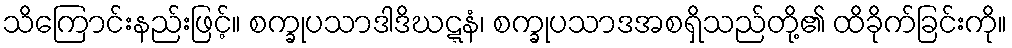
သိကြောင်းနည်းဖြင့်။ စက္ခုပသာဒါဒိဃဋ္ဋနံ၊ စက္ခုပသာဒအစရှိသည်တို့၏ ထိခိုက်ခြင်းကို။